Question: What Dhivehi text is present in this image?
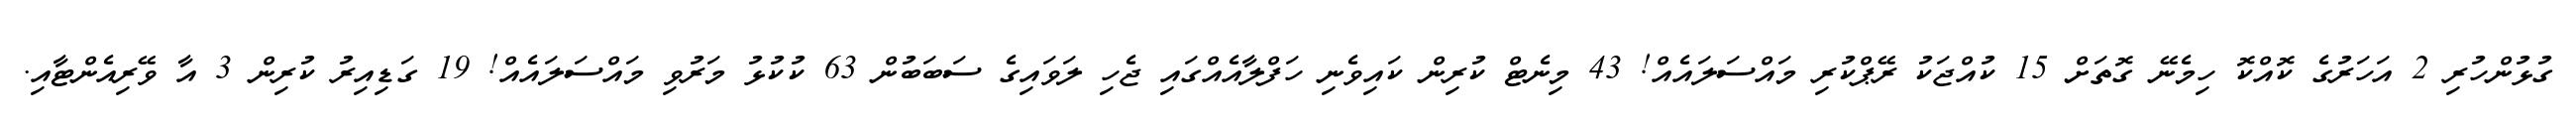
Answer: ގުޅުންހުރި 2 އަހަރުގެ ކޮއްކޮ ހިމެނޭ ގޮތަށް 15 ކުއްޖަކު ރޭޕްކުރި މައްސަލައެއް! 43 މިނެޓް ކުރިން ކައިވެނި ހަފްލާއެއްގައި ޖެހި ލަވައިގެ ސަބަބުން 63 ކުކުޅު މަރުވި މައްސަލައެއް! 19 ގަޑިއިރު ކުރިން 3 އާ ވޭރިއެންޓާއި.